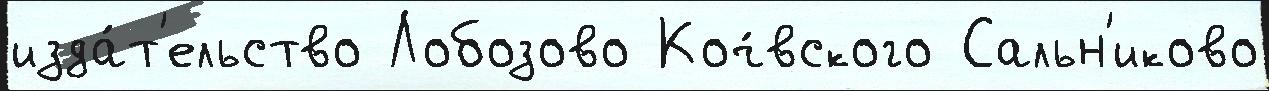
изда́т'ельство Лобозово Коч́вского Сальн'иково